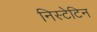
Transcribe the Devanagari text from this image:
निस्टेटिन